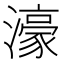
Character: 濠